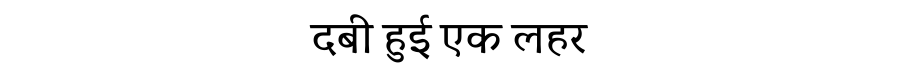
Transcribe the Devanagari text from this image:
दबी हुई एक लहर